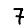
Digit: 7